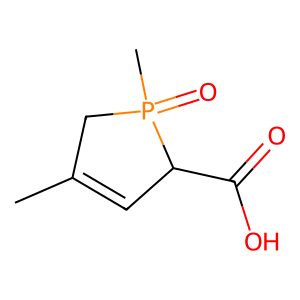
SMILES: CC1=CC(C(=O)O)P(C)(=O)C1
Inhibits HIV replication: No